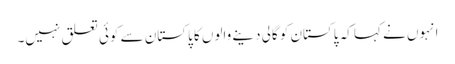
انہوں نے کہا کہ پاکستان کو گالی دینے والوں کا پاکستان سے کوئی تعلق نہیں۔